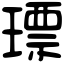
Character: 𤨧